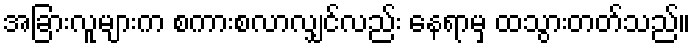
အခြားလူများက စကားစလာလျှင်လည်း နေရာမှ ထသွားတတ်သည်။